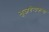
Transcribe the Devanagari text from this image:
भूजगेन्द्रकन्या